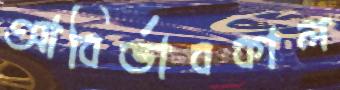
আবির্ভাবকাল